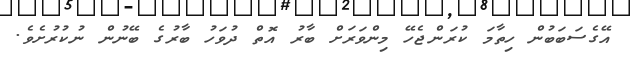
އޭގެސަބަބުން ހިތާމަ ކުރަންޖެހޭ މިންވަރަށް ބާރު އޮތް ދުވަހު ބާރުގެ ބޭނުން ނުކުރުށެވެ.